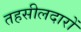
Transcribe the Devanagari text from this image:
तहसीलदारों